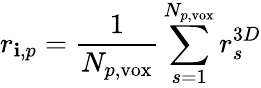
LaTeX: r_{\mathbf{i},p}=\frac{{1}}{{N_{p,\mathrm{{vox}}}}}\sum_{s=1}^{N_{p,\mathrm{{vox}}}}r_{s}^{3D}